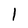
Character: 1